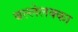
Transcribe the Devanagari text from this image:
बल्लेलक्का